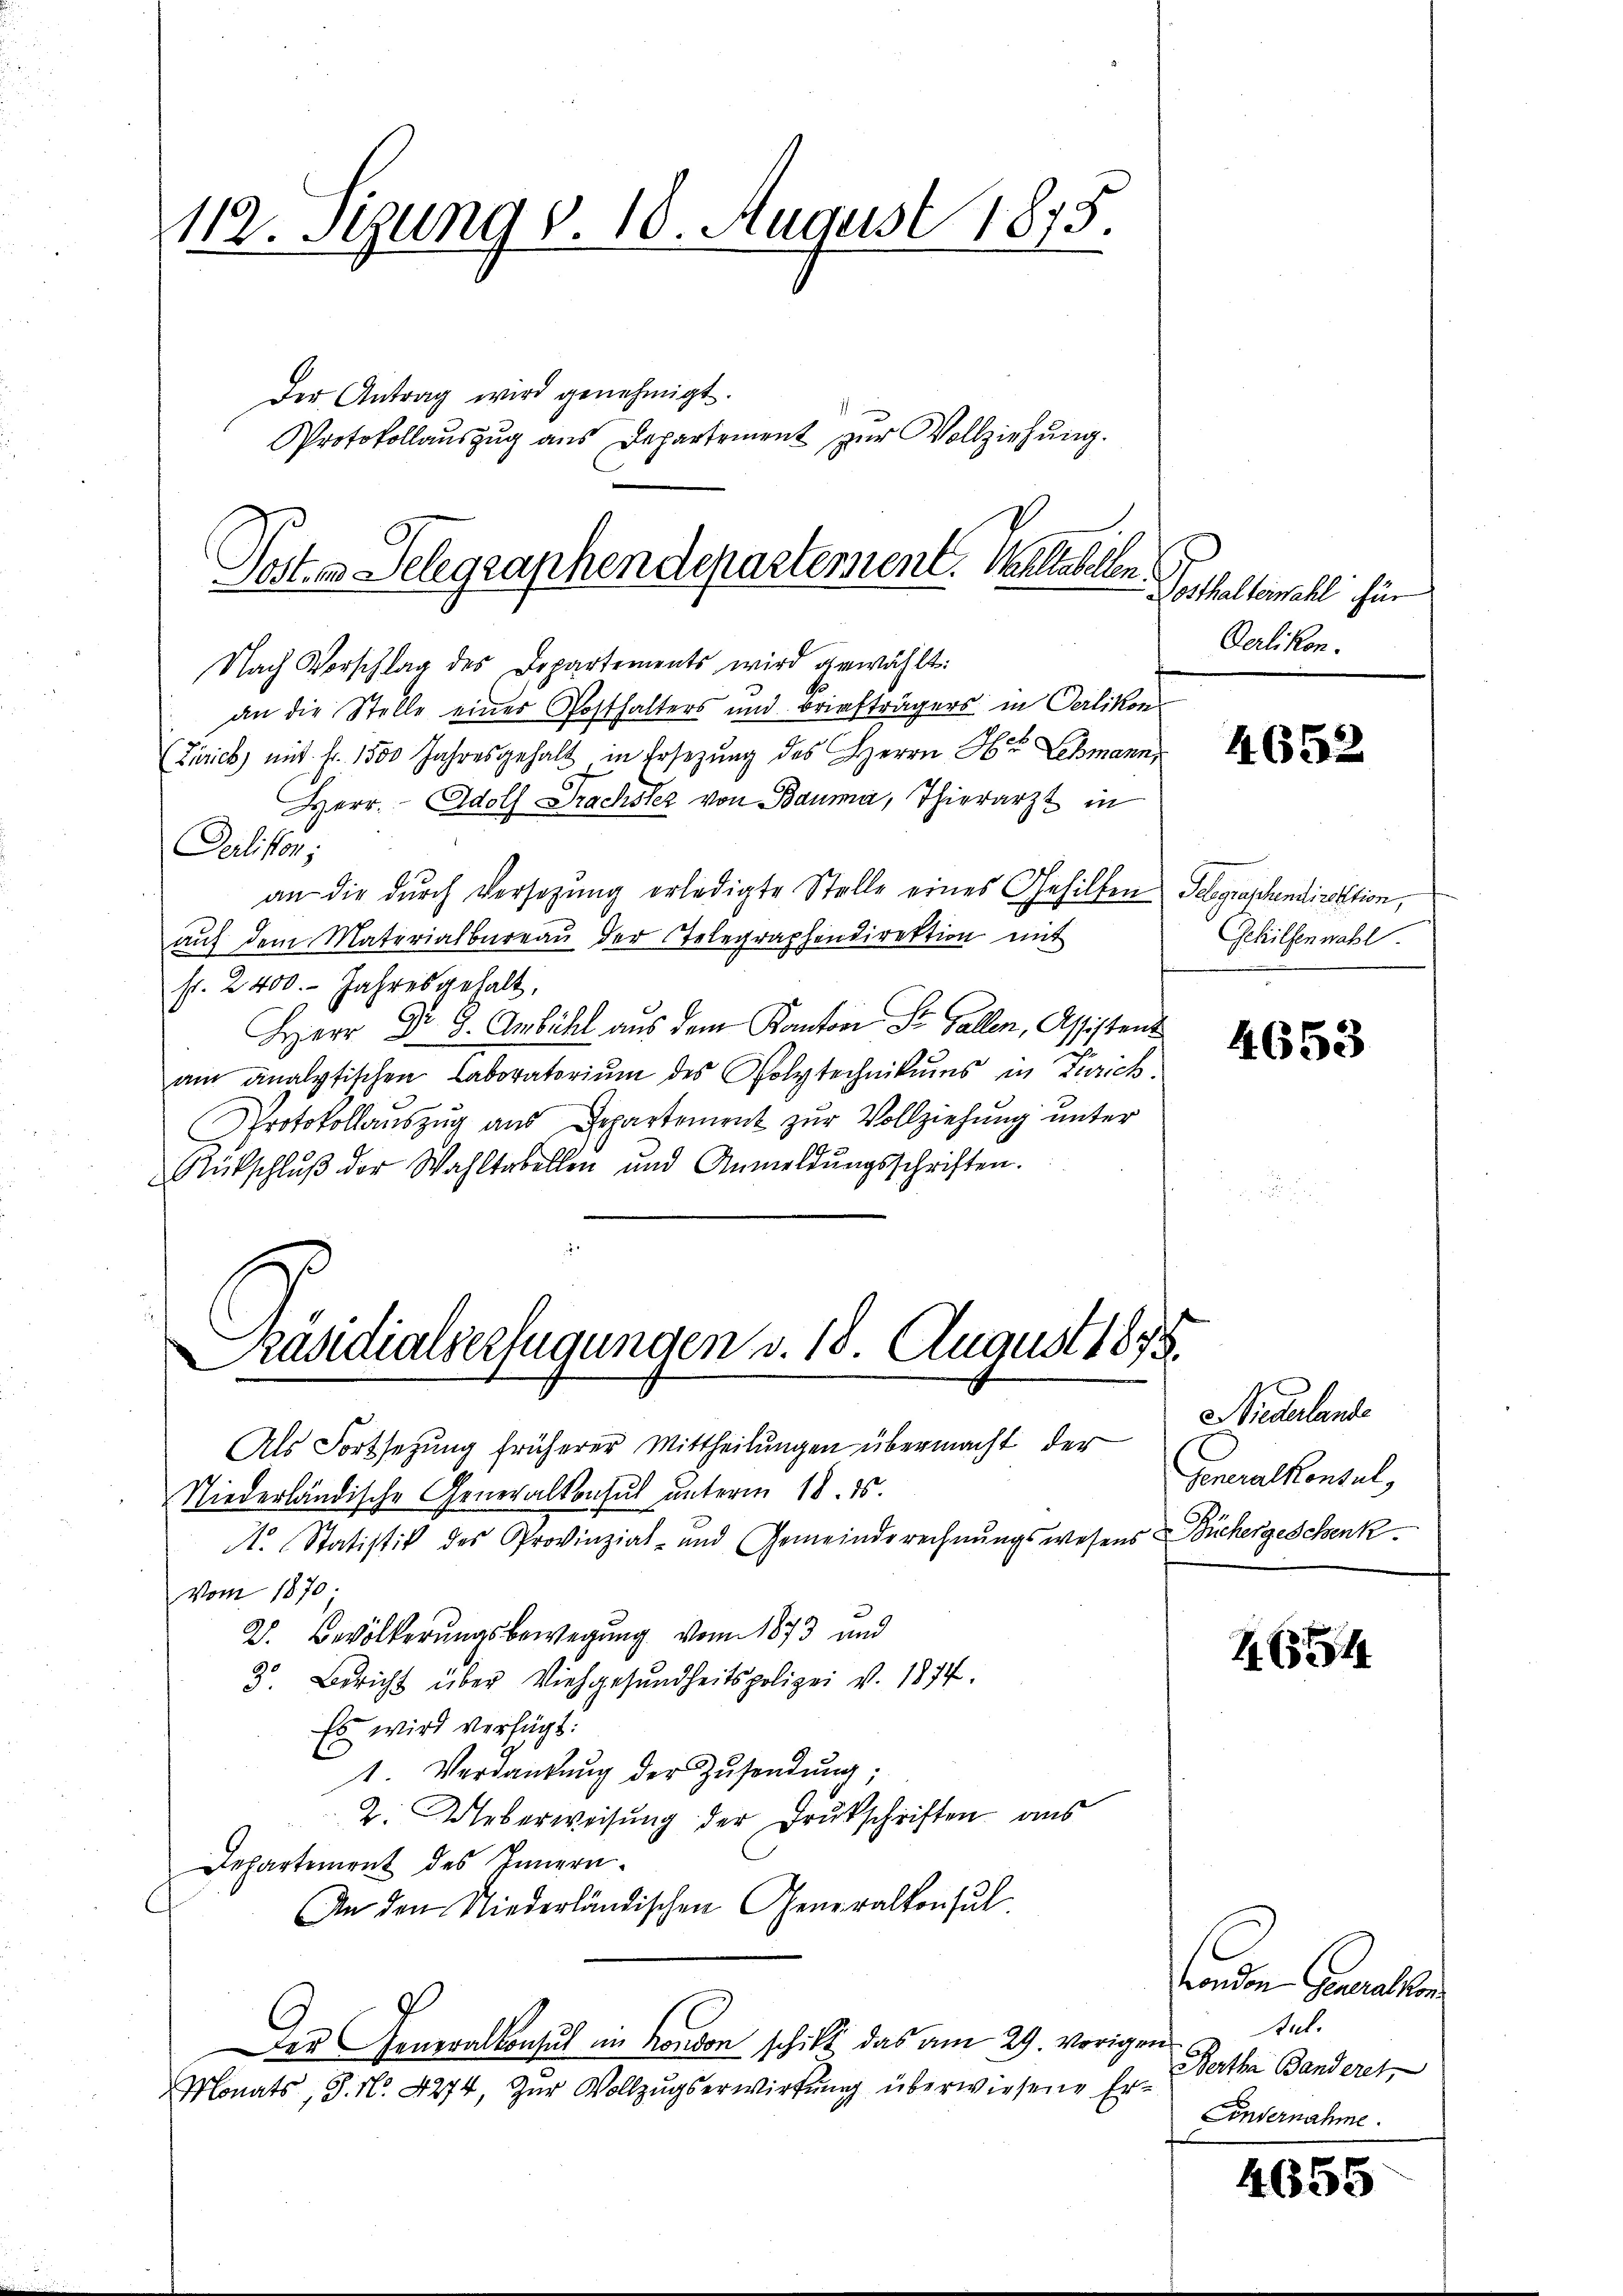
112. Sizung v. 18. August 1875.
Der Antrag wird genehmigt.
Protokollauszug aus Departement zur Vollziehung.

Nach Vorschlag des Departements wird gewählt:
an die Stelle einer Posthalters und Briefträgers in Oerlikon
(Zirich) mit fr. 1500 Jahresgehalt in Ersezung des Herrn H. Lehmann
Herr Adolf Frachsler von Bauma, Thierarzt in
Perlikon;
an die durch Versatzung erledigte Stelle eines Gehilfen Gelegraphendirektion,
aŭf dem Materialbureau der Telegraphendirektion mit
fr. 2400. Jahresgehalt.
Herr Dr. 9. Ambühl aus dem Kanton St. Gallen, Assistent
am analytischen Laboratoriŭm des Polytechnikums in Zürich.
Protokollauszug aus Departement zur Vollziehung unter
Rütschlŭβ der Wahltabellen und Anmeldŭngsschriften.

Posten Gelegraphen departement. Schlasselben.

Präsidialserfügungen v. 18. August 1875.

Als Fortsetzung früherer Mittheilungen übermacht der
Niederländische Generalkonsul unterm 18. ds.
N. Statistik des Provinziat- und Gemeindsrechnŭngswesens Büchergeschenk
Vom 1870.
2. Bevölkerungsbewegung von 1873 und
3. Bericht über Viehgesundheitspolizei v. 1874.
Es wird verfügt:
1. Verdankŭng der Zŭsendŭng;
2. Ueberweisung der Drukschriften aus
Departement des Innern
An den Niederländischen Generalkonsul
Der Generalkonsul in London schikt, das am 29. vorigen
Monats, S. Nr. 4274, Zur Vollzugserwirtung überwiesene Er¬

Doshallemahl für
Oerlikon.

4652.

Gehilfen wahl

4653

Niederlande
Generalkonsul

2654

London Generalkon
stul
Bertha Banderet,
Andernahme.

4655